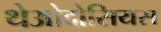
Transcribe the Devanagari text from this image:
थेओदोसियस